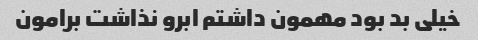
خیلی بد بود مهمون داشتم ابرو نذاشت برامون